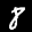
Label: 8